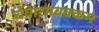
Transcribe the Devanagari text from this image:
चेंबारमबक्कम